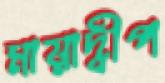
মায়াদ্বীপ